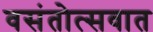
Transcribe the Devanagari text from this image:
वसंतोत्सवात